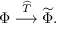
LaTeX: \Phi \stackrel { \widehat { \cal T } } { \longrightarrow } \widetilde \Phi .